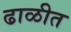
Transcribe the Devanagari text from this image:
ढाळीत